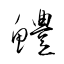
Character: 鱧